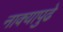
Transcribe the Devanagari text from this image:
नाक्‍यापुढे